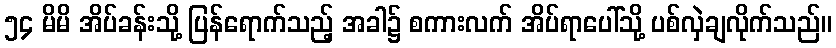
၅၄ မိမိ အိပ်ခန်းသို့ ပြန်ရောက်သည့် အခါ၌ စကားလက် အိပ်ရာပေါ်သို့ ပစ်လှဲချလိုက်သည်။